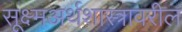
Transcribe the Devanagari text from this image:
सूक्ष्मअर्थशास्त्रावरील